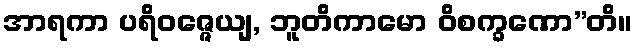
အာရကာ ပရိဝဇ္ဇေယျ, ဘူတိကာမော ဝိစက္ခဏော”တိ။